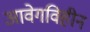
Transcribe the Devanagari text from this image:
आवेगविहीन